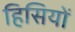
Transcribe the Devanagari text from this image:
हिसियों